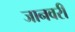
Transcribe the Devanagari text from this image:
जानवरी